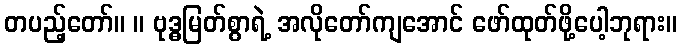
တပည့်တော်။ ။ ဗုဒ္ဓမြတ်စွာရဲ့ အလိုတော်ကျအောင် ဖော်ထုတ်ဖို့ပေါ့ဘုရား။